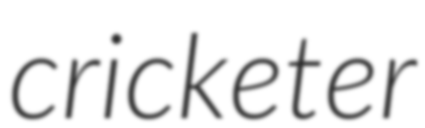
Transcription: cricketer